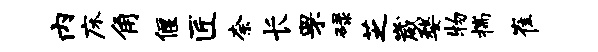
内床角偃匠柰长罘碌芝崴婺物揣崔